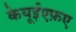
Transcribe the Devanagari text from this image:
केयूईएफ़ए